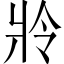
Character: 𤕵